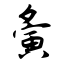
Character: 夤